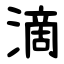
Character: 滴